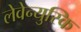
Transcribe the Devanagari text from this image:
लेवेन्युस्कि